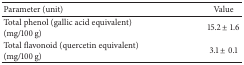
<table><thead><tr><td><b>Parameter (unit)</b></td><td><b>Value</b></td></tr></thead><tbody><tr><td>Total phenol (gallic acid equivalent) (mg/100 g)</td><td>15.2 ± 1.6</td></tr><tr><td>Total flavonoid (quercetin equivalent) (mg/100 g)</td><td>3.1 ± 0.1</td></tr></tbody></table>